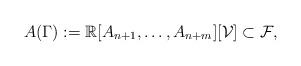
LaTeX: \begin{align*}A(\Gamma):=\mathbb R[A_{n+1},\dots,A_{n+m}][\mathcal V]\subset \mathcal F,\end{align*}